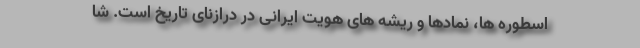
اسطوره ها، نمادها و ریشه های هویت ایرانی در درازنای تاریخ است. شا